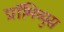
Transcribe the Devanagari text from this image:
प्रॉमिथ्युस